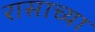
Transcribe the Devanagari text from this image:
रासाच्या